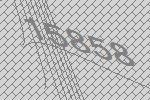
15858